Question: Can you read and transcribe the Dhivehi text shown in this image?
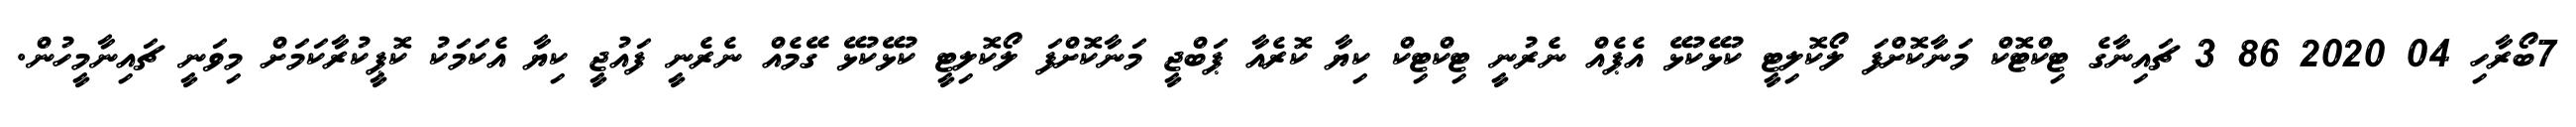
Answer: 7ބޯރާހި 04 2020 86 3 ޗައިނާގެ ޓިކްޓޮކް މަނާކޮށްފަ ލޯކޮލިޓީ ކުޅޭކުޅޭ އެޕެއް ނެރުނީ ޓިކްޓިކް ކިޔާ ކޮރެއާ ޕަބްޖީ މަނާކޮށްފަ ލޯކޮލިޓީ ކުޅޭކުޅޭ ގޭމެއް ނެރެނީ ފައުޖީ ކިޔާ އެކަމަކު ކޮޕީކުރާކަމަށް މިވަނީ ޗައިނާމީހުން.